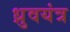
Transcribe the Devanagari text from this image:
ध्रुवयंत्र